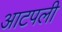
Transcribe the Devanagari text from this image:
आटपली